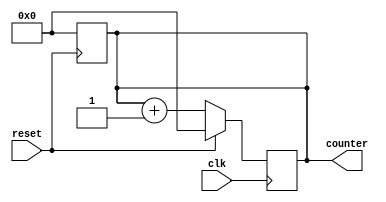
`timescale 1ns/1ps


/*
A clock divider in Verilog, using the cascading
flip-flop method.
*/

module counter(
  input clk,
  input reset,
  output reg [3:0]counter

);

  // simple ripple clock divider
  always @(posedge reset)
  begin
     counter <= 0;
  end
  
  always @(posedge clk)
    if (reset) counter <= 0;
    else counter <= counter +1;

endmodule